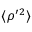
\langle { \rho ^ { \prime } { } ^ { 2 } } \rangle